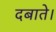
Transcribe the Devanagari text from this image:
दबाते।